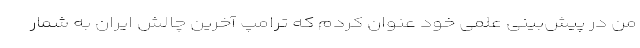
من در پیش‌بینی علمی خود عنوان کردم که ترامپ آخرین چالش ایران به‌ شمار